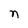
Character: n